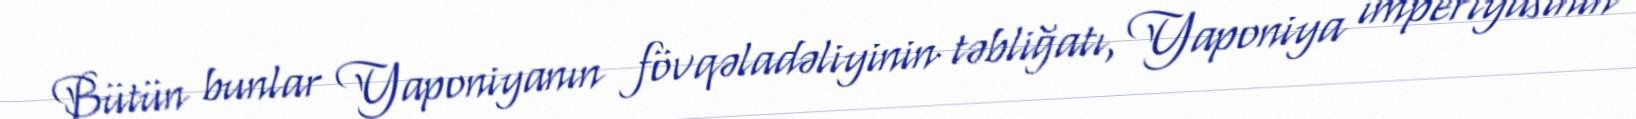
Bütün bunlar Yaponiyanın fövqəladəliyinin təbliğatı, Yaponiya imperiyasının